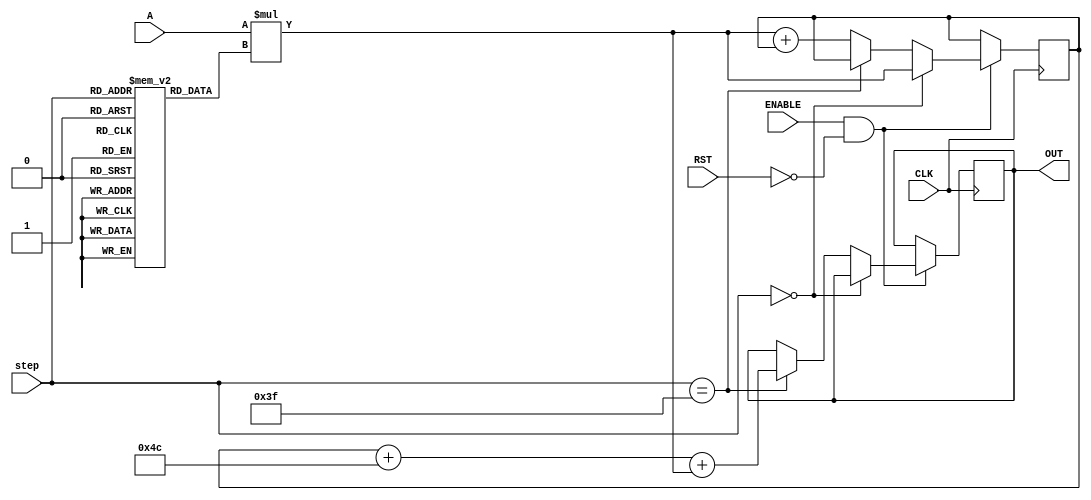
`timescale 1ns / 1ps

module NODE_10(
input signed [35:0] A,
input [5:0] step,
input CLK,
input ENABLE,
input RST,
output reg signed [39:0] OUT //16-bit output
    );
    
reg signed [39:0] accumulator = 40'd0; //store the matrix mult here
reg signed [8:0] weights [63:0]; //store the weights here
reg signed [7:0] bias; //store node bias here

initial begin
   weights[0]<=9'b001011010;
   weights[1]<=9'b000100011;
   weights[2]<=9'b000000100;
   weights[3]<=9'b111110011;
   weights[4]<=9'b000000110;
   weights[5]<=9'b000101110;
   weights[6]<=9'b111000001;
   weights[7]<=9'b000000000;
   weights[8]<=9'b111100110;
   weights[9]<=9'b111110011;
   weights[10]<=9'b000000110;
   weights[11]<=9'b000010100;
   weights[12]<=9'b111111100;
   weights[13]<=9'b000110101;
   weights[14]<=9'b000001111;
   weights[15]<=9'b111101100;
   weights[16]<=9'b111010111;
   weights[17]<=9'b000100011;
   weights[18]<=9'b111110101;
   weights[19]<=9'b000101001;
   weights[20]<=9'b110110100;
   weights[21]<=9'b000011010;
   weights[22]<=9'b111110010;
   weights[23]<=9'b111100001;
   weights[24]<=9'b000011000;
   weights[25]<=9'b000101011;
   weights[26]<=9'b111100000;
   weights[27]<=9'b000010001;
   weights[28]<=9'b000001101;
   weights[29]<=9'b000100011;
   weights[30]<=9'b000111101;
   weights[31]<=9'b000011110;
   weights[32]<=9'b001000101;
   weights[33]<=9'b000110011;
   weights[34]<=9'b000010101;
   weights[35]<=9'b111110000;
   weights[36]<=9'b111101100;
   weights[37]<=9'b111011000;
   weights[38]<=9'b000000011;
   weights[39]<=9'b111011101;
   weights[40]<=9'b000001111;
   weights[41]<=9'b111011111;
   weights[42]<=9'b111100111;
   weights[43]<=9'b111101010;
   weights[44]<=9'b000101111;
   weights[45]<=9'b111101001;
   weights[46]<=9'b000001000;
   weights[47]<=9'b000011110;
   weights[48]<=9'b000000000;
   weights[49]<=9'b000110010;
   weights[50]<=9'b111110010;
   weights[51]<=9'b111000100;
   weights[52]<=9'b111101011;
   weights[53]<=9'b000001101;
   weights[54]<=9'b000010001;
   weights[55]<=9'b000010011;
   weights[56]<=9'b000011100;
   weights[57]<=9'b111111111;
   weights[58]<=9'b111110101;
   weights[59]<=9'b111110010;
   weights[60]<=9'b111110110;
   weights[61]<=9'b000010011;
   weights[62]<=9'b111111101;
   weights[63]<=9'b000100010;
   bias<=8'b11001100;
 end
 
 //MAIN SYNCHRONOUS ACCUMULATION BLOCK
 always @ ( posedge CLK )
 begin
    if( ENABLE == 1 && RST == 0 )
    begin
        if ( step == 0 )
        begin
            accumulator <=  A * weights[step];
        end
        else if( step == 63 )
        begin
            OUT <= accumulator + bias + A * weights[step];
        end else accumulator <=  A * weights[step] + accumulator;
    end
 end

endmodule